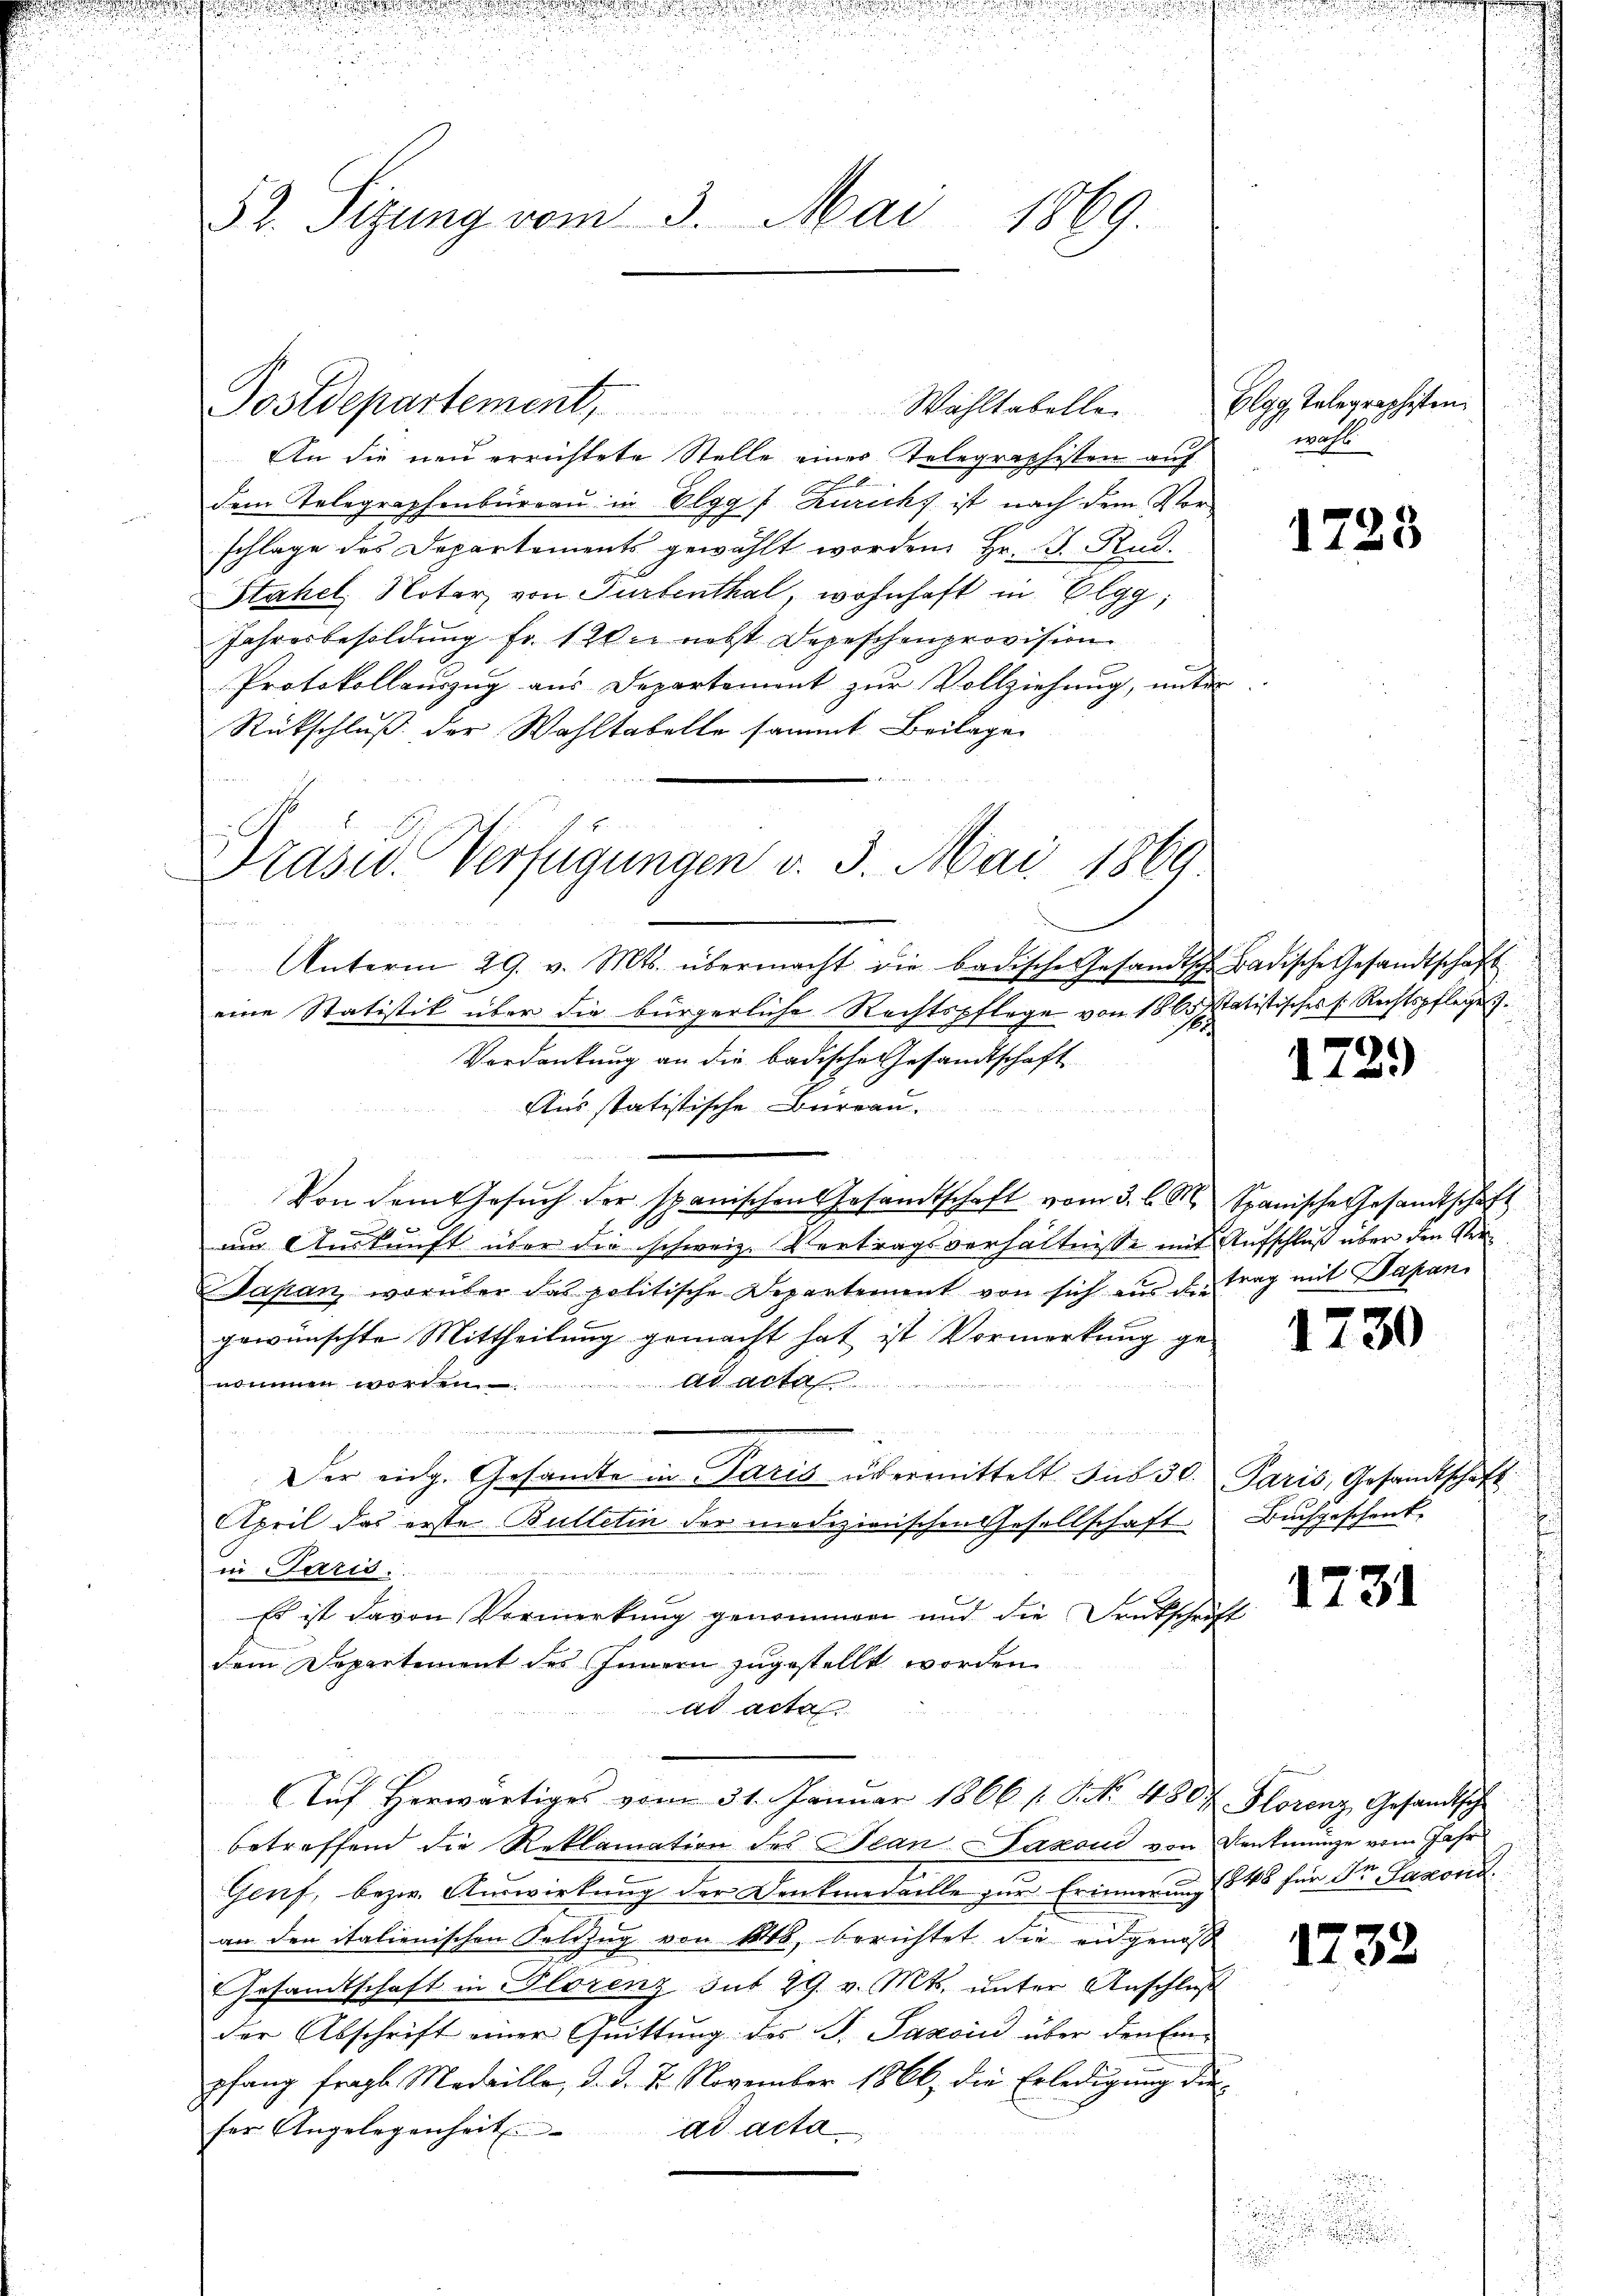
52. Sizung vom 3. Mai 1869

Präsid. Verfügungen v. 5. Mai 1869

Postdepartement. Wahltabelle Elgg, Telegraphisten
An die neu errichtete Stelle eines Telegraphisten auf
dem Telegraphenbüreau in Elgg: Zuricht ist nach dem Vorschlage des Departements gewählt worden, Hr. D. Rud.
Stahel, Notar von Turbenthal, wohnhaft in Elgg,
Jahresbesoldung fr. 120 nebst Depeschenprovision
Protokollauszug aus Departement zŭr Vollziehung, unter
Rückschluß der Wahltabelle sammt Beilage
Unterm 29. v. Mts. übermacht die badische Gesandtsch Badische Gesandtschaft
eine Statistik über die bürgerliche Rechtspflege von 1865 statistisches s. Rechtspflege.
Verdankung an die badische Gesandtschaft
Aus statistische Burgau.
un
Von dem Gesuch der spanischen Gesandtschaft vom 3. l. M. Spanische Gesandtschaft
um Auskunft über die schweiz. Vertragsverhältnisse mit Aufschluß über den Ver¬
Japan, worüber das politische Departement von sich aus der trag mit Papan
gewünschte Mittheilung gemacht hat ist Vormerkung ge-
nommen worden ad acta

Der eidg. Gesamte in Paris übermittelt sub 30. Paris, Gesandtschaft
April das erste Bulletin der mediziarischen Gesellschaft
in Paris.
Es ist davon Vormerkung genommen und die Deutschrift
dem Departement des Innern zugestellt worden
ad acta
Auf Herwärtiges vom 31. Januar 1866 s. S. Nr. 480 f. Florenz, Gesandtsche
betreffend die Reklamation des Plan Saxond von Denkmünze vom Jahr
Genf, bezw. Auswirkung der Denkmedaille zur Erinnerung (§ 45 für der Saxond.
an den italienischen Feldzug von 148, berichtet die eidgenoß
Gesandtschaft in Florenz mit 29. v. Mts. unter Anschluß
der Abschrift einer Quittung des P. Passin über den Ein-
pfang fragte Medaille, d. d. 7. November 1866, die Erledigung die
fer Angelegenheit.
ad acta

wahl

1723

1729)

1730

Buchgeschenk.

E

1731

1232

d

d